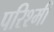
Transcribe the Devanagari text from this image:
परिश्मी